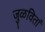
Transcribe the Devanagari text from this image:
जुळवितां